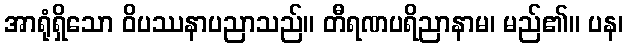
အာရုံရှိသော ဝိပဿနာပညာသည်။ တီရဏပရိညာနာမ၊ မည်၏။ ပန၊